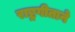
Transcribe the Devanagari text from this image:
राष्ट्रगीताने